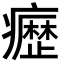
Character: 𭼰